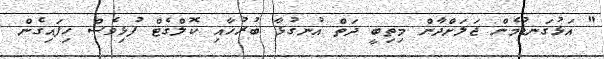
" އަޅުގަނޑުމެން ޖަލަށްދާން މިތިބީ ދަތް އުނގުޅާ ބުރުހާއި ކޮލްގެޓް ފުޅިވެސް ހިފައިގެން